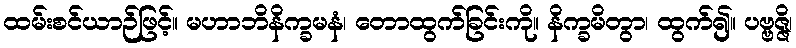
ထမ်းစင်ယာဉ်ဖြင့်။ မဟာဘိနိက္ခမနံ၊ တောထွက်ခြင်းကို။ နိက္ခမိတွာ၊ ထွက်၍။ ပဗ္ဗဇ္ဇိ၊